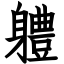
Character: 軆